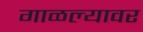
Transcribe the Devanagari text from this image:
गाळल्यावर